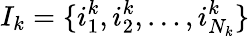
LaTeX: I_{k}=\{ i_{1}^{k},i_{2}^{k},\ldots,i_{N_{k}}^{k}\}